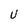
Character: U